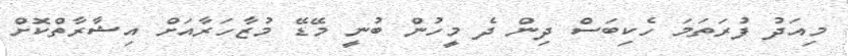
މިއަދު ފުރަތަމަ ހެކިބަސް ދިން ދެ މީހުން ބުނީ މޭޑޭ މުޒާހަރާއަށް އިޝާރާތްކޮށް